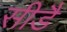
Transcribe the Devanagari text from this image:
सीडै